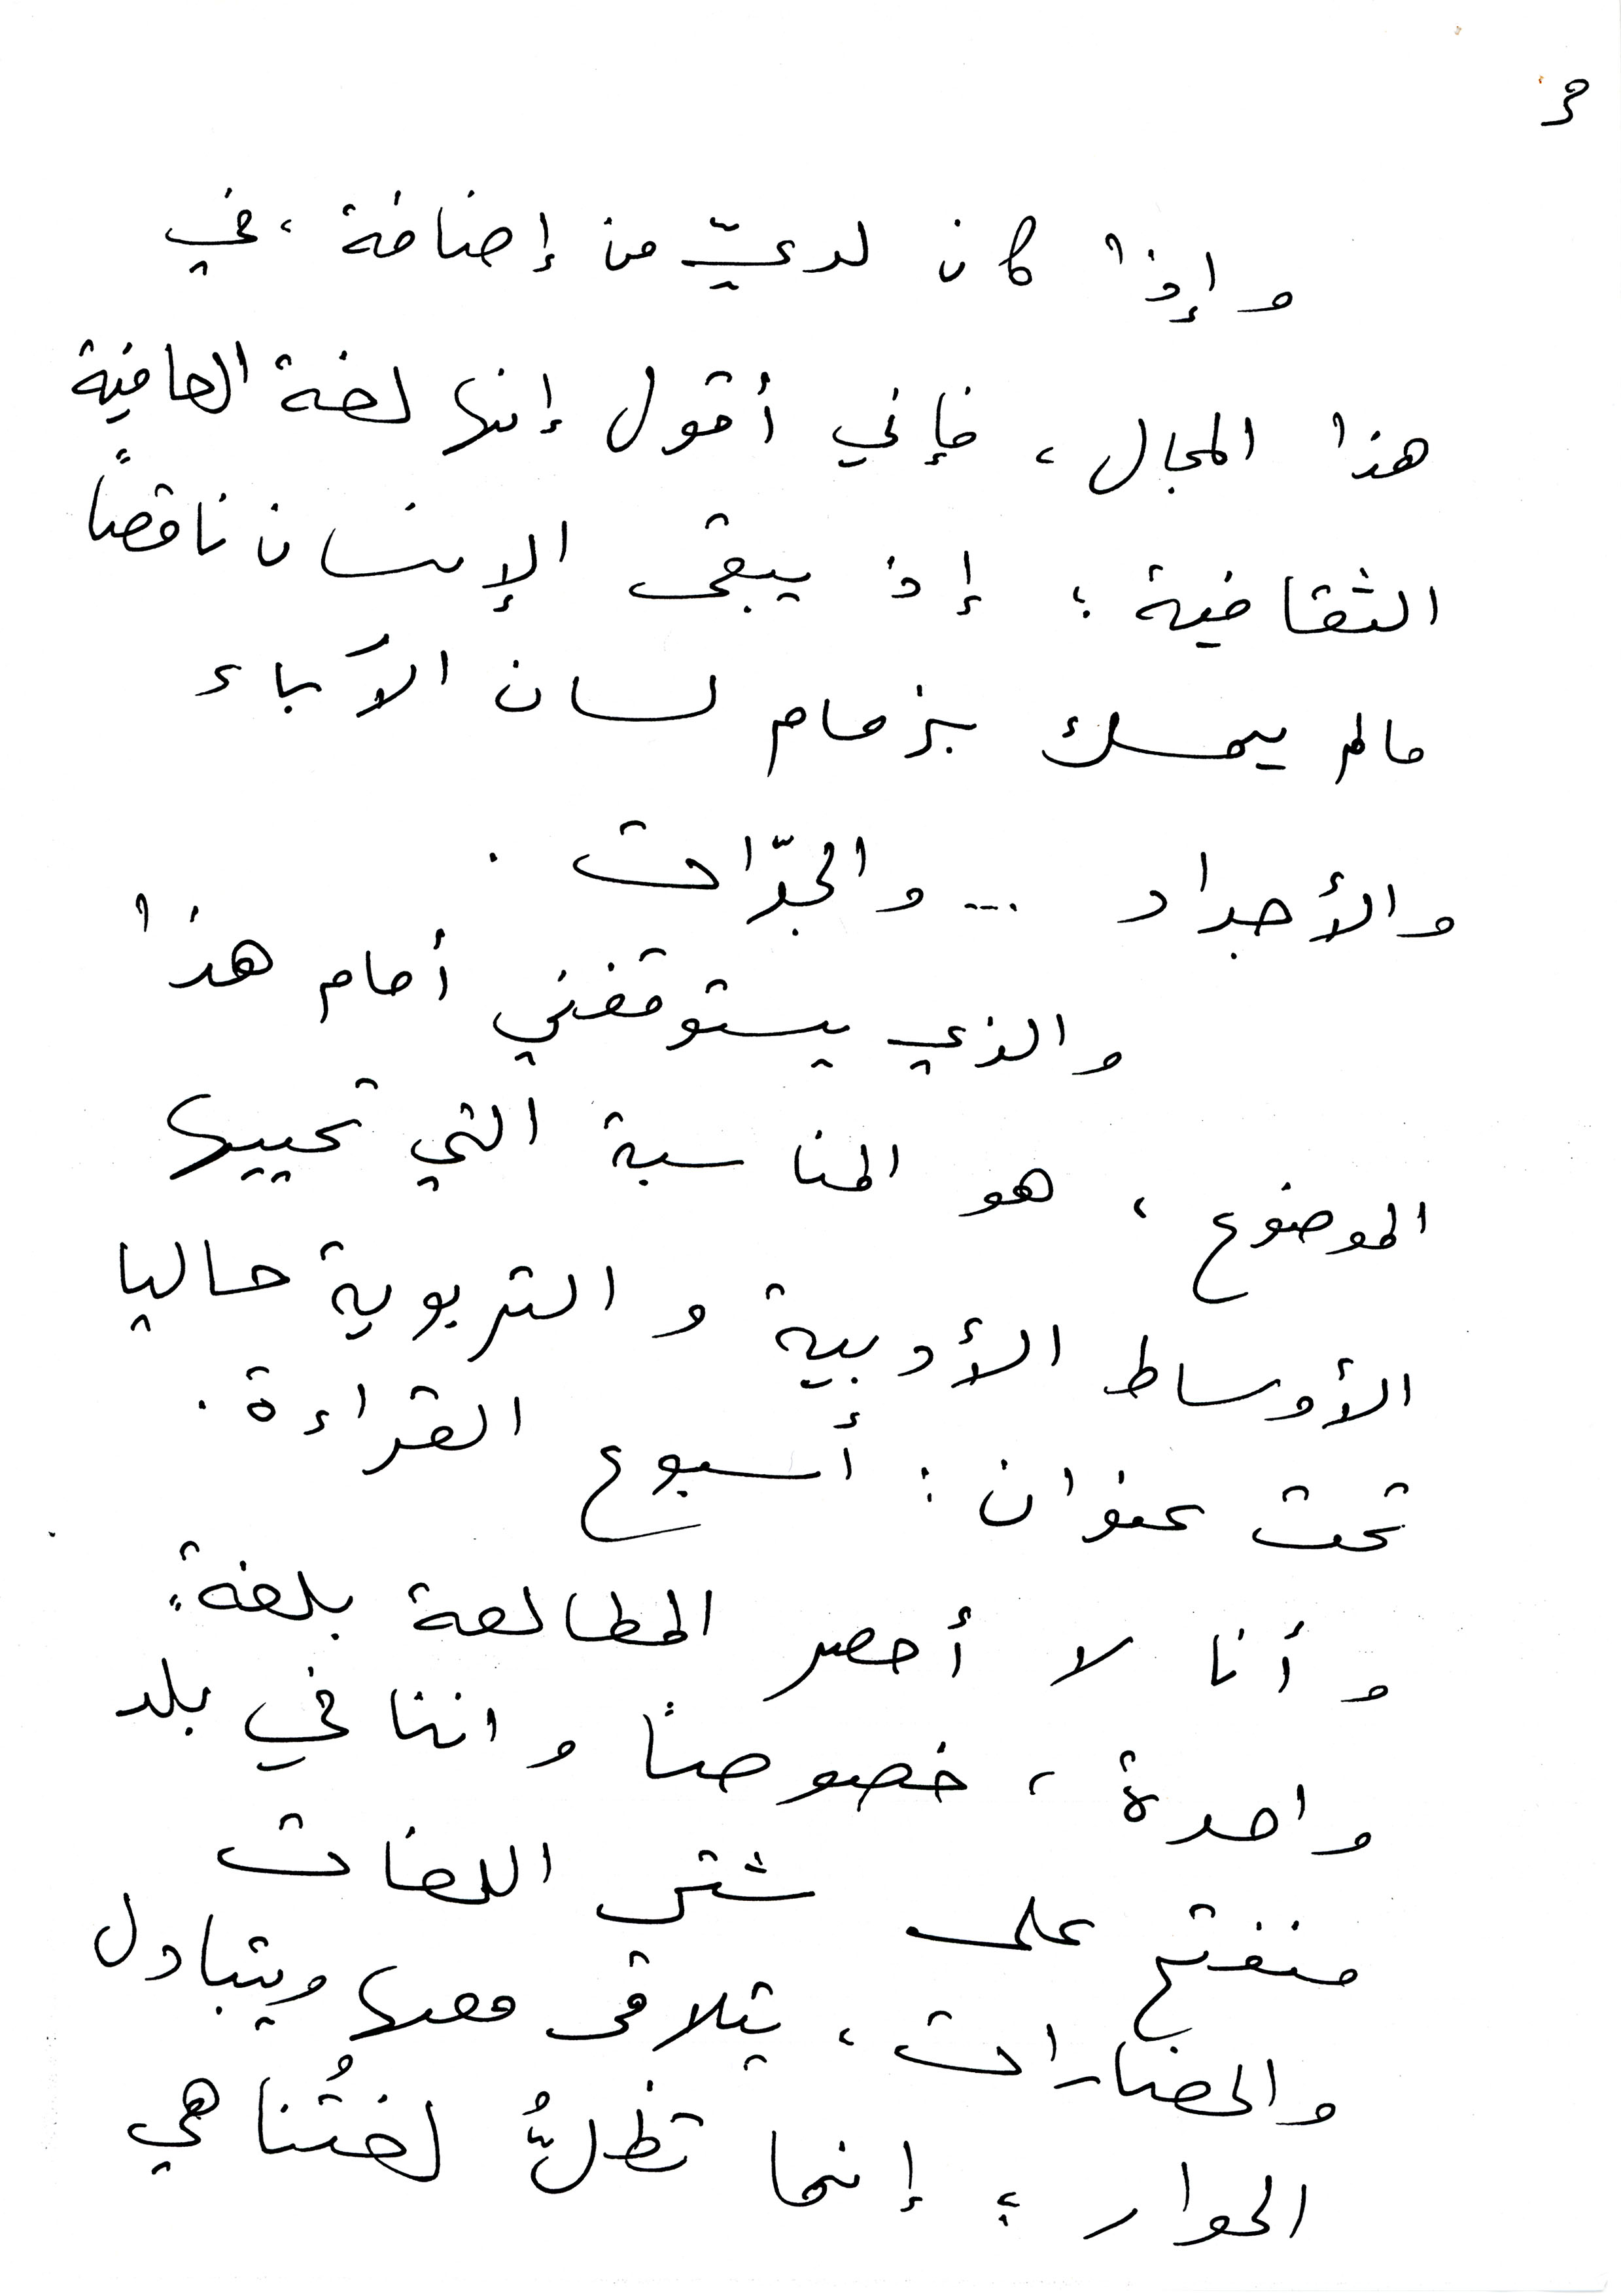
3
وإذا كان لديّ من إضافة، في
هذا المجال، فأني أقول إنها لغة العافية
الثقافية؛ إذ يبقى الإنسان ناقصاً
ما لم يمسك بزمام لسان الآباء
والأجداد ... والجدّات .
والذي يستوقفني أمام هذا
الموضوع ، هو المناسبة التي تحييها
الأوساط الأدبية والتربوية حاليا
تحت عنوان : أسبوع القراءة.
وأنا لا أحصر المطالعة بلغةٍ
واحدة، خصوصاً واننا في بلد
منفتح على شتى اللغات
والحضارات، يتلاقى معها ويتبادل
الحوار ؛ إنما تظلُّ لغتُنا هي